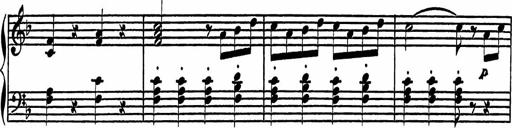
Title: 4 Piano Sonatinas
Composer: Adam Geibel